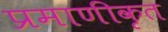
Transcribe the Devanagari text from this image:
प्रमाणीकृत